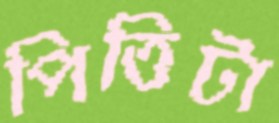
পিত্তিটা